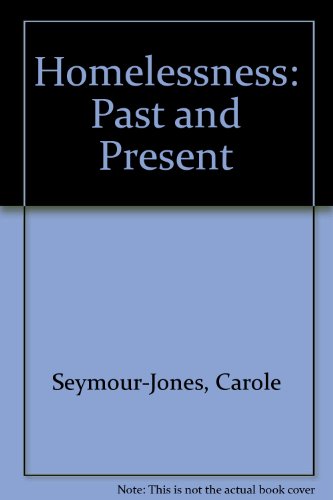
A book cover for Homelessness (Past and Present); Carole Seymour-Jones; Teen & Young Adult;